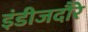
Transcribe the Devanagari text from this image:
इंडीजदौरे